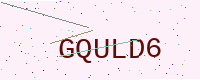
Text: GQULD6